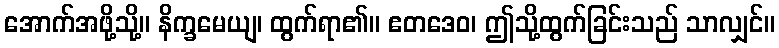
အောက်အဖို့သို့။ နိက္ခမေယျ၊ ထွက်ရာ၏။ ဧတဒေဝ၊ ဤသို့ထွက်ခြင်းသည် သာလျှင်။